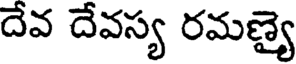
దేవ దేవస్య రమణ్యై